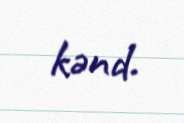
kənd.